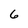
Character: 6